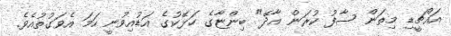
އައްޗީޑި މިތަން ސާފު ކުރަން އާދޭ" ބިންޏާގެ ހަޅޭކުގެ އަޑުއިވުނީ ހަމަ އެވަގުތުއެވެ.